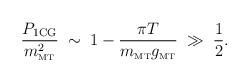
LaTeX: \begin{align*}\frac{P_{\rm 1CG}}{m_{\rm \scriptscriptstyle{MT}}^2} \;\sim\; 1 - \frac{\pi T}{m_{\rm \scriptscriptstyle{MT}}g_{\rm \scriptscriptstyle{MT}}} \;\gg\; \frac{1}{2}.\end{align*}